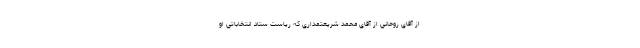
از آقاي روحاني از آقاي محمد شريعتمداري كه رياست ستاد انتخاباتي او